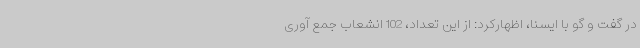
در گفت و گو با ایسنا، اظهارکرد: از این تعداد، 102 انشعاب جمع آوری